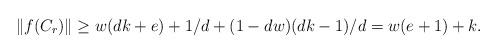
LaTeX: \begin{align*}\|f(C_r)\| \ge w(dk+e) + 1/d + (1-dw)(dk-1)/d = w(e+1)+k.\end{align*}